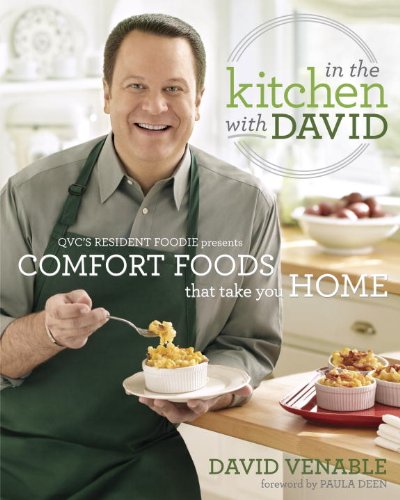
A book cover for In the Kitchen with David: QVC's Resident Foodie Presents Comfort Foods That Take You Home; David Venable; Cookbooks, Food & Wine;